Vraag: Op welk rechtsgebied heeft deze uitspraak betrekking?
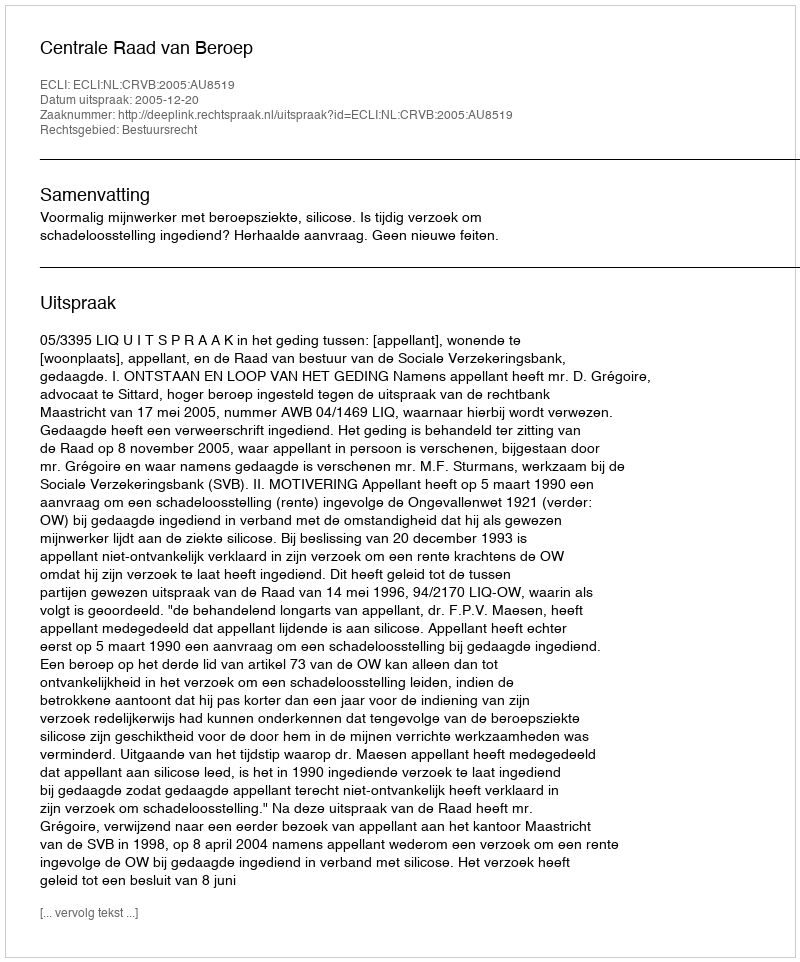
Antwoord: Bestuursrecht